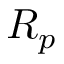
R _ { p }